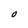
Character: O